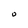
Character: O